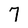
Character: 7